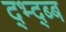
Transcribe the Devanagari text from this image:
द्भ्द्ब्ब